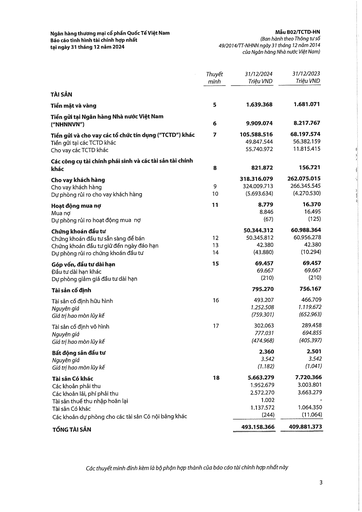
||Thuyết minh|31/12/2024 Triệu VND|31/12/2023 Triệu VND| |---|---|---|---| |TÀI SẢN|||| |Tiền mặt và vàng|5|1.639.368|1.681.071| |Tiền gửi tại Ngân hàng Nhà nước Việt Nam ("NHNNVN")|6|9.909.074|8.217.767| |Tiền gửi và cho vay các tổ chức tín dụng ("TCTD") khác|7|105.588.516|68.197.574| |Tiền gửi tại các TCTD khác||49.847.544|56.382.159| |Cho vay các TCTD khác||55.740.972|11.815.415| |Các công cụ tài chính phái sinh và các tài sản tài chính khác|8|821.872|156.721| |Cho vay khách hàng||318.316.079|262.075.015| |Cho vay khách hàng|9|324.009.713|266.345.545| |Dự phòng rủi ro cho vay khách hàng|10|(5.693.634)|(4.270.530)| |Hoạt động mua nợ|11|8.779|16.370| |Mua nợ||8.846|16.495| |Dự phòng rủi ro hoạt động mua nợ||(67)|(125)| |Chứng khoán đầu tư||50.344.312|60.988.364| |Chứng khoán đầu tư sẵn sàng để bán|12|50.345.812|60.956.278| |Chứng khoán đầu tư giữ đến ngày đáo hạn|13|42.380|42.380| |Dự phòng rủi ro chứng khoán đầu tư|14|(43.880)|(10.294)| |Góp vốn, đầu tư dài hạn|15|69.457|69.457| |Đầu tư dài hạn khác||69.667|69.667| |Dự phòng giảm giá đầu tư dài hạn||(210)|(210)| |Tài sản cố định||795.270|756.167| |Tài sản cố định hữu hình|16|493.207|466.709| |Nguyên giá||1.252.508|1.119.672| |Giá trị hao mòn lũy kế||(759.301)|(652.963)| |Tài sản cố định vô hình|17|302.063|289.458| |Nguyên giá||777.031|694.855| |Giá trị hao mòn lũy kế||(474.968)|(405.397)| |Bất động sản đầu tư||2.360|2.501| |Nguyên giá||3.542|3.542| |Giá trị hao mòn lũy kế||(1.182)|(1.041)| |Tài sản Có khác|18|5.663.279|7.720.366| |Các khoản phải thu||1.952.679|3.003.801| |Các khoản lãi, phí phải thu||2.572.270|3.663.279| |Tài sản thuế thu nhập hoãn lại||1.002|| |Tài sản Có khác||1.137.572|1.064.350| |Các khoản dự phòng cho các tài sản Có nội bảng khác||(244)|(11.064)| |TỔNG TÀI SẢN||493.158.366|409.881.373|